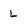
Character: L